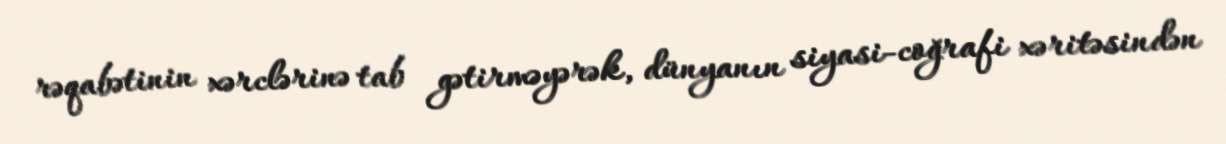
rəqabətinin xərclərinə tab gətirməyərək, dünyanın siyasi-coğrafi xəritəsindən